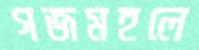
গজমহলে